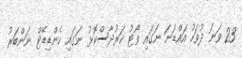
23 ވަނަ ދުވަހު އައްޑަނަ ނަގައި ވޯޓު ކަރުދާސްކޮޅު ނަގައި ކެންޑިޑޭޓް ނަންބަރު